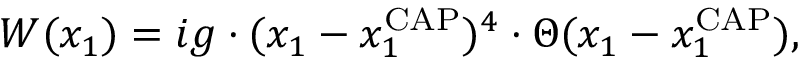
W ( x _ { 1 } ) = i g \cdot ( x _ { 1 } - x _ { 1 } ^ { \mathrm { C A P } } ) ^ { 4 } \cdot \Theta ( x _ { 1 } - x _ { 1 } ^ { \mathrm { C A P } } ) ,